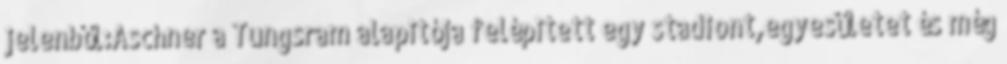
jelenből:Aschner a Tungsram alapitója felépitett egy stadiont,egyesületet és még